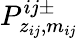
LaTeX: P_{z_{ij},m_{ij}}^{ij\pm}